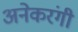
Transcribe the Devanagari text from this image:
अनेकरंगी